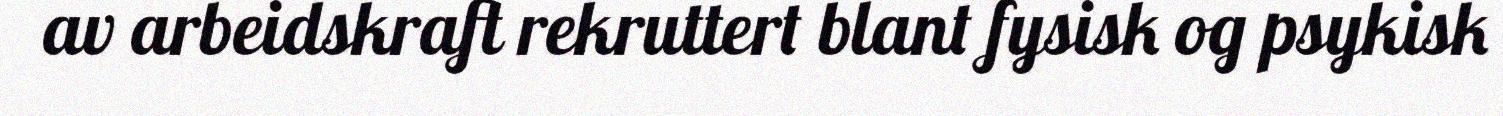
av arbeidskraft rekruttert blant fysisk og psykisk